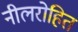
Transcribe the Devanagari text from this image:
नीलरोहित